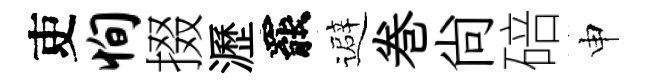
吏恂掇瀝罷避巻尙碚申